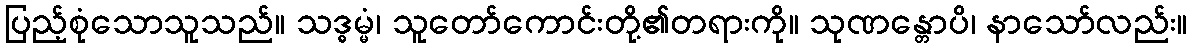
ပြည့်စုံသောသူသည်။ သဒ္ဓမ္မံ၊ သူတော်ကောင်းတို့၏တရားကို။ သုဏန္တောပိ၊ နာသော်လည်း။